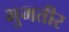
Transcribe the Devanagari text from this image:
भुमतीर